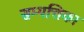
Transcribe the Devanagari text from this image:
सम्पत्तिका